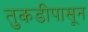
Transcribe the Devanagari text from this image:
तुकडीपासून